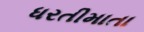
ધરતીમાતા